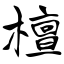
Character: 檀